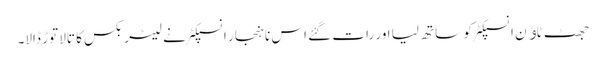
جھٹ ٹاﺅن انسپکٹر کو ساتھ لیا اور رات گئے اس ناہنجار انسپکٹر نے لیٹر بکس کا تالا توڑ ڈالا۔